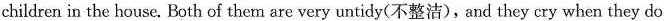
children in the house. Both of them are very untidy(不整洁),and they cry when they do